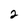
Character: 2